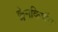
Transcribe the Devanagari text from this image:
क्लेनकिर्चेम